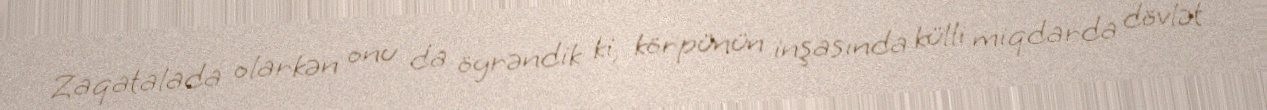
Zaqatalada olarkən onu da öyrəndik ki, körpünün inşasında külli miqdarda dövlət